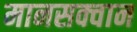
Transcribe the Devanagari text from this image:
मानसक्वान